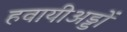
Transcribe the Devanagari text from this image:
हवायीअड्डों